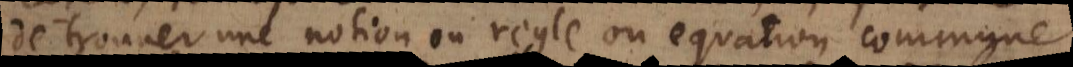
de trouver une notion ou regle ou equation commune